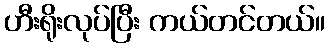
ဟီးရိုးလုပ်ပြီး ကယ်တင်တယ်။